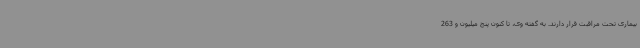
بیماری تحت مراقبت قرار دارند. به گفته وی، تا کنون پنج میلیون و 263